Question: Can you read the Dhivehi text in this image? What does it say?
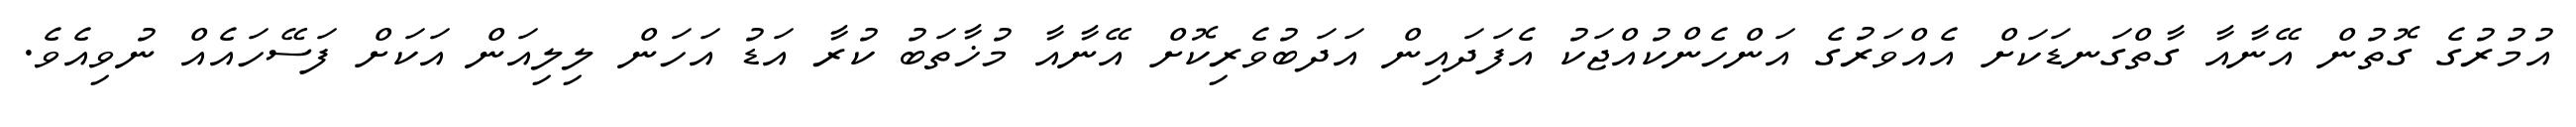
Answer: އުމުރުގެ ގޮތުން އޭނާއާ ގާތްގަނޑަކަށް އެއްވަރުގެ އަންހެންކުއްޖަކު އެފަދައިން އަދަބުވެރިކޮށް އޭނާއާ މުޚާތަބު ކުރާ އަޑު އަހަން ލިލިއަން އަކަށް ފަސޭހައެއް ނުވިއެވެ.